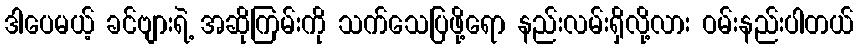
ဒါပေမယ့် ခင်ဗျားရဲ့ အဆိုကြမ်းကို သက်သေပြဖို့ရော နည်းလမ်းရှိလို့လား ဝမ်းနည်းပါတယ်